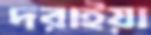
দরাইয়া